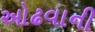
ઓઢવાની